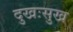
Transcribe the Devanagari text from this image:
दुखःसुख